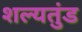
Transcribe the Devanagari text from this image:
शल्यतुंड